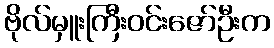
ဗိုလ်မှူးကြီးဝင်းဇော်ဦးက